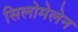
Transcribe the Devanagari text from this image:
सिलोमेलेन